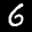
Label: 6